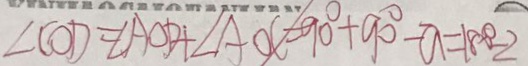
\angle C O D = \angle A O D + \angle A O C = 9 0 ^ { \circ } + 9 0 ^ { \circ } - a = 1 8 0 0 ^ { \circ } - 2